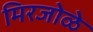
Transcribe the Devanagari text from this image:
मिरजोळे